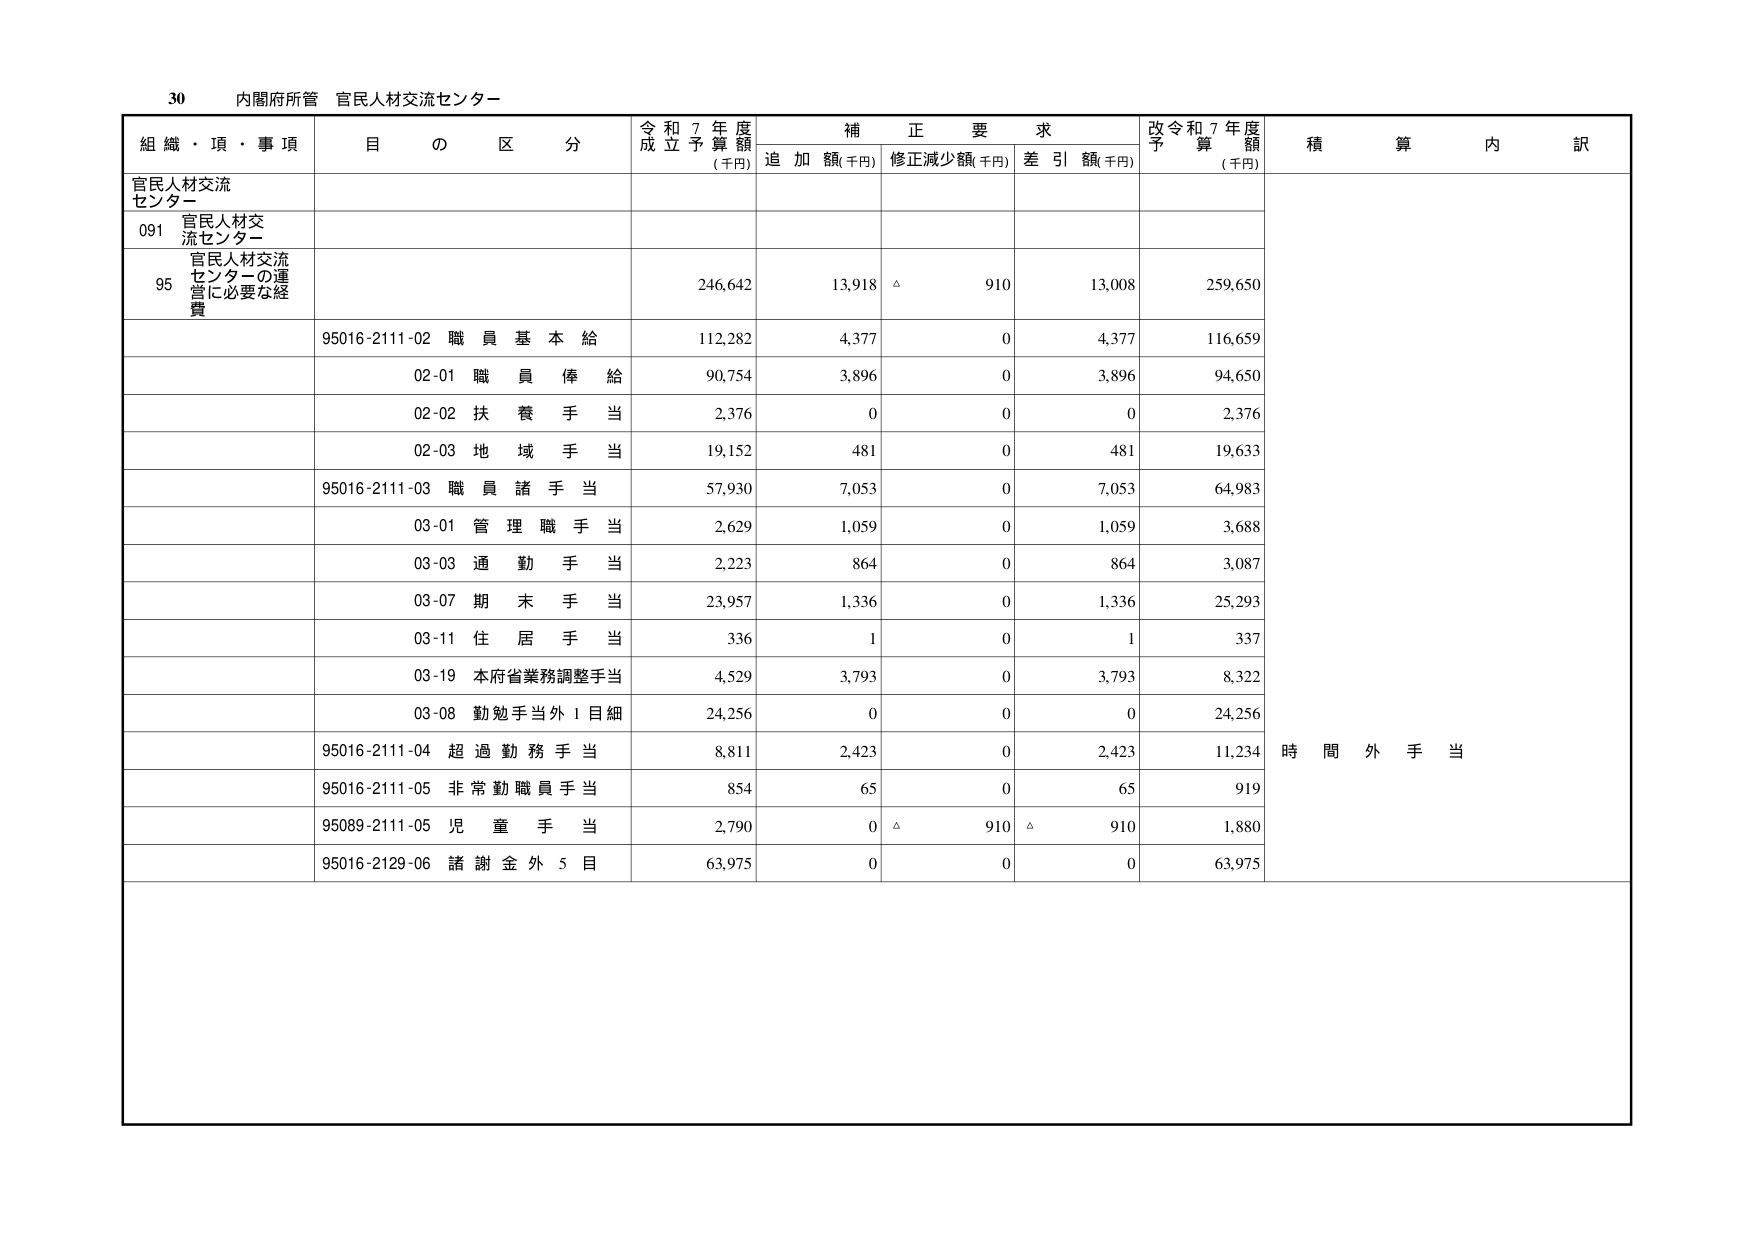
30 内閣府所管 官民人材交流センター

組織・項・事項 目の区分 令和7年度成立予算額 (千円) 補正要求 追加額(千円) 修正減少額(千円) 差引額(千円) 改令和7年度予算額 (千円) 積算内訳

官民人材交流センター

091 官民人材交流センター

95 官民人材交流センターの運営に必要な経費 246,642 13,918 △ 910 13,008 259,650

95016-2111-02 職員基本給 112,282 4,377 0 4,377 116,659

02-01 職員俸給 90,754 3,896 0 3,896 94,650

02-02 扶養手当 2,376 0 0 0 2,376

02-03 地域手当 19,152 481 0 481 19,633

95016-2111-03 職員諸手当 57,930 7,053 0 7,053 64,983

03-01 管理職手当 2,629 1,059 0 1,059 3,688

03-03 通勤手当 2,223 864 0 864 3,087

03-07 期末手当 23,957 1,336 0 1,336 25,293

03-11 住居手当 336 1 0 1 337

03-19 本府省業務調整手当 4,529 3,793 0 3,793 8,322

03-08 勤勉手当外1目細 24,256 0 0 0 24,256

95016-2111-04 超過勤務手当 8,811 2,423 0 2,423 11,234 時間外手当

95016-2111-05 非常勤職員手当 854 65 0 65 919

95089-2111-05 児童手当 2,790 0 △ 910 △ 910 1,880

95016-2129-06 諸謝金外5目 63,975 0 0 0 63,975